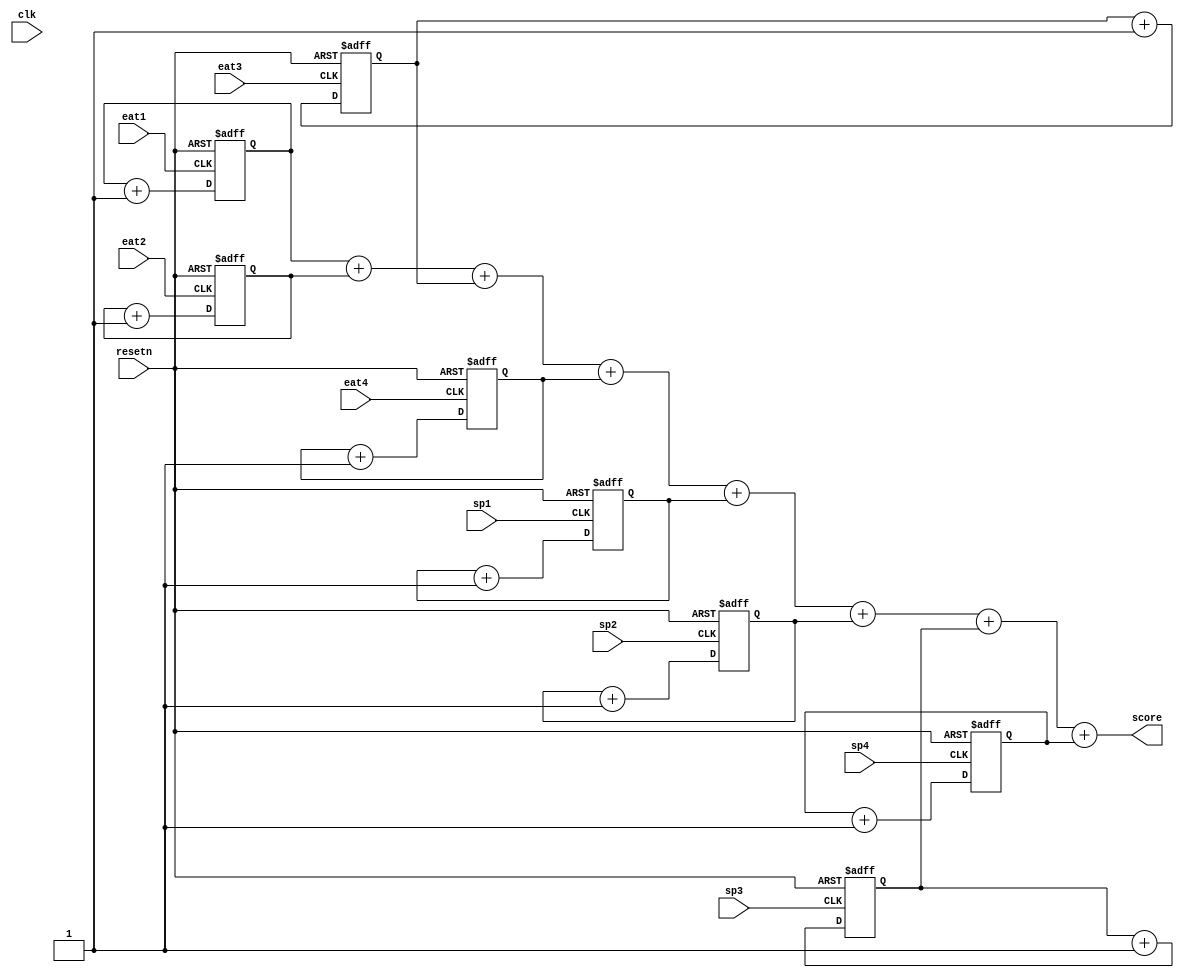

module game_score(clk, resetn, 
						sp1, sp2, sp3, sp4, 
						eat1, eat2, eat3, eat4,
						score);
	input clk, resetn;
	input sp1, sp2, sp3, sp4;
	input eat1, eat2, eat3, eat4;
	output [11:0] score;
	
	reg [11:0] apple1, apple2, apple3, apple4;
	reg [11:0] pipe1, pipe2, pipe3, pipe4;
	
	assign score = apple1 + apple2 + apple3 + apple4 + pipe1 + pipe2 + pipe3 + pipe4;
	
	// score for apple 1
	always @(negedge resetn, posedge eat1)
	begin
		if (!resetn)
			apple1 <= 0;
		else if (eat1)
			apple1 <= apple1 + 1;
	end
	
	// score for apple 2
	always @(negedge resetn, posedge eat2)
	begin
		if (!resetn)
			apple2 <= 0;
		else if (eat2)
			apple2 <= apple2 + 1;
	end
	
	// score for apple 3
	always @(negedge resetn, posedge eat3)
	begin
		if (!resetn)
			apple3 <= 0;
		else if (eat3)
			apple3 <= apple3 + 1;
	end
	
	// score for apple 4
	always @(negedge resetn, posedge eat4)
	begin
		if (!resetn)
			apple4 <= 0;
		else if (eat4)
			apple4 <= apple4 + 1;
	end
	
	// score for pipe 1
	always @(negedge resetn, posedge sp1)
	begin
		if (!resetn)
			pipe1 <= 0;
		else if (sp1)
			pipe1 <= pipe1 + 1;
	end
	
	// score for pipe 2
	always @(negedge resetn, posedge sp2)
	begin
		if (!resetn)
			pipe2 <= 0;
		else if (sp2)
			pipe2 <= pipe2 + 1;
	end
	
	// score for pipe 3
	always @(negedge resetn, posedge sp3)
	begin
		if (!resetn)
			pipe3 <= 0;
		else if (sp3)
			pipe3 <= pipe3 + 1;
	end
	
	// score for pipe 4
	always @(negedge resetn, posedge sp4)
	begin
		if (!resetn)
			pipe4 <= 0;
		else if (sp4)
			pipe4 <= pipe4 + 1;
	end

endmodule